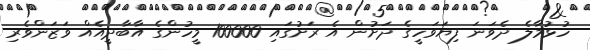
ހުޅުމާލެ ދެވަނަ ފިޔަވަހީގެ ދަށުން އެ ރަށުގައި 100000 މީހުންގެ އާބާދީއެއް ވަޒަންވެރި